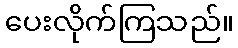
ပေးလိုက်ကြသည်။